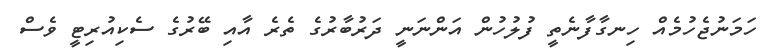
ހަމަނުޖެހުމެއް ހިނގާފާނެތީ ފުލުހުން އަންނަނީ ދަރުބާރުގެ ތެރެ އާއި ބޭރުގެ ސެކިއުރިޓީ ވެސް